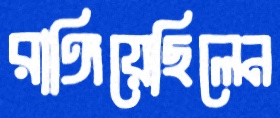
রাঙ্গিয়েছিলেন